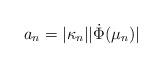
LaTeX: \begin{align*}a_n = |\kappa_n||\dot{\Phi}(\mu_n)|\end{align*}